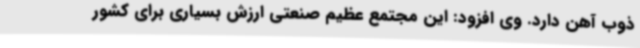
ذوب آهن دارد. وی افزود: این مجتمع عظیم صنعتی ارزش بسیاری برای کشور